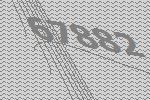
67882